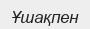
Ұшақпен